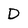
Character: D